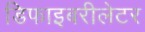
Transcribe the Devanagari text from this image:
डिफाइबरीलेटर